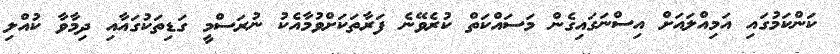
ކަންކަމުގައި އަމިއްލައަށް އިސްނަގައިގެން މަސައްކަތް ކުރެވޭނެ ފަރާތަކަށްވުމާއެކު ނުރަސްމީ ގަޑިތަކުގައާއި ދިމާވާ ކުއްލި